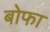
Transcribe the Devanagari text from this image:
बोफा